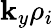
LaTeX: \mathbf{k}_{y}\rho_{i}